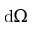
\mathrm { d } \Omega